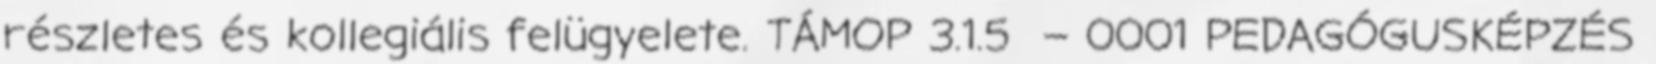
részletes és kollegiális felügyelete. TÁMOP 3.1.5 – 0001 PEDAGÓGUSKÉPZÉS